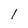
Character: l